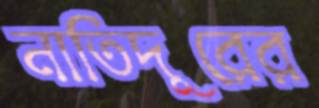
নাতিদূরের